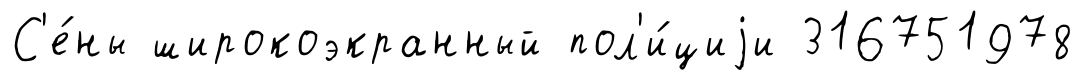
С'е́ны широкоэкранный пол'и́циjи 316751978